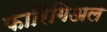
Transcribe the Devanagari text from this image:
फारिंगिअल